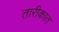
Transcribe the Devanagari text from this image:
तारीकात